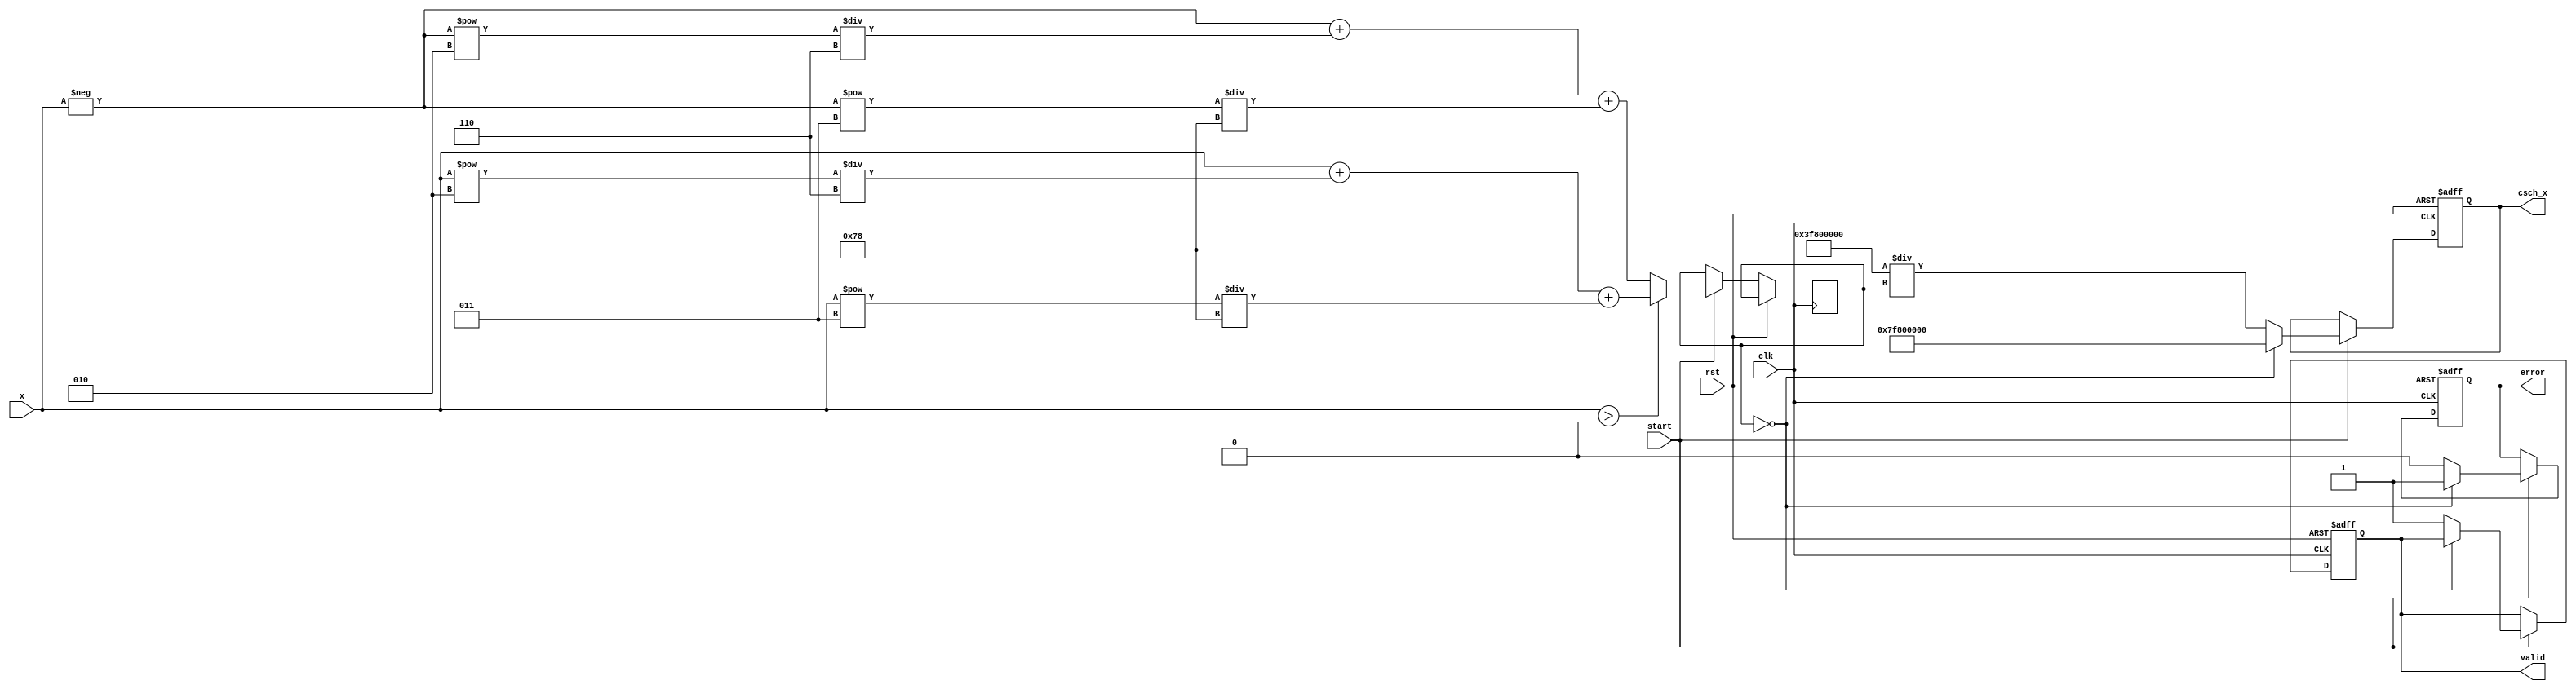
module hyperbolic_cosecant (
    input wire [31:0] x,            // Input signal (floating-point representation)
    input wire start,               // Enable/start signal
    input wire clk,                 // Clock signal
    input wire rst,                 // Reset signal
    output reg [31:0] csch_x,       // Output signal: csch(x)
    output reg valid,               // Valid signal
    output reg error                // Error signal
);

    reg [31:0] sinh_x;              // Intermediate signal for sinh(x)

    // Function to compute sinh(x) using the approximation:
    // sinh(x) = (e^x - e^(-x)) / 2
    function [31:0] sinh;
        input [31:0] x;
        begin
            // Simple approximation using Taylor series (limited)
            // For a more accurate implementation, consider using a CORDIC or a LUT for sinh
            sinh = (x > 32'h0) ? (x + (x**2)/6 + (x**3)/120) : (-x + (-x**2)/6 + (-x**3)/120);
        end
    endfunction

    // Always block for computation control
    always @(posedge clk or posedge rst) begin
        if (rst) begin
            csch_x <= 32'h0;        // Reset output
            valid <= 1'b0;         // Reset valid signal
            error <= 1'b0;         // Reset error signal
        end else if (start) begin
            // Compute sinh(x)
            sinh_x <= sinh(x);

            // Check for errors (sinh(x) = 0)
            if (sinh_x == 32'h0) begin
                error <= 1'b1;      // Set error signal for division by zero
                csch_x <= 32'h7F800000; // Output infinity for csch(0)
            end else begin
                // Compute csch(x) = 1/sinh(x)
                csch_x <= 32'h3F800000 / sinh_x; // Approximation for 1/sinh(x)
                valid <= 1'b1;      // Set valid signal
                error <= 1'b0;      // Clear error signal
            end
        end
    end

endmodule